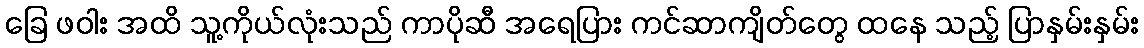
ခြေ ဖဝါး အထိ သူ့ကိုယ်လုံးသည် ကာပိုဆီ အရေပြား ကင်ဆာကျိတ်တွေ ထနေ သည့် ပြာနှမ်းနှမ်း